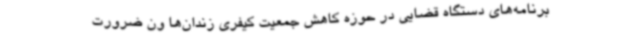
برنامه‌های دستگاه قضایی در حوزه کاهش جمعیت کیفری زندان‌ها ون ضرورت